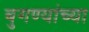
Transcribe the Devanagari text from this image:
बुगण्यांच्या